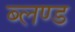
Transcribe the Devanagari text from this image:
ब्लण्ड